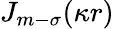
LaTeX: J_{m-\sigma}(\kappa r)